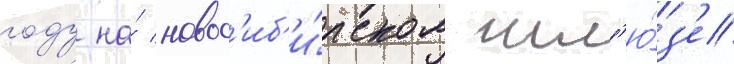
году на́ новос'иб'и́рском шл'ю́з'е